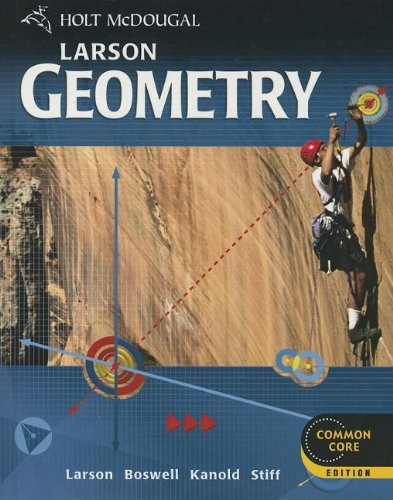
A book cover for Holt McDougal Larson Geometry: Student Edition 2012; HOLT MCDOUGAL; Teen & Young Adult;